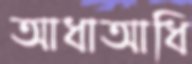
আধাআধি